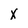
Character: X